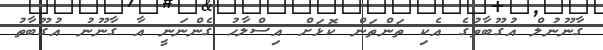
ގާނޫނުލް އުގޫބާތުގެ އެކި ތަންތަން ކޮޅަށް އިސްލާހު ގެންނަނީ އާ ގާނޫނު އުގޫބާތު